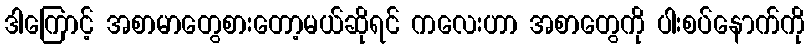
ဒါကြောင့် အစာမာတွေစားတော့မယ်ဆိုရင် ကလေးဟာ အစာတွေကို ပါးစပ်နောက်ကို